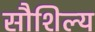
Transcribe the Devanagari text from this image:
सौशिल्य